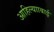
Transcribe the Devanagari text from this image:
आहिल्यााबाई